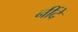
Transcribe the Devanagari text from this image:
नींदें